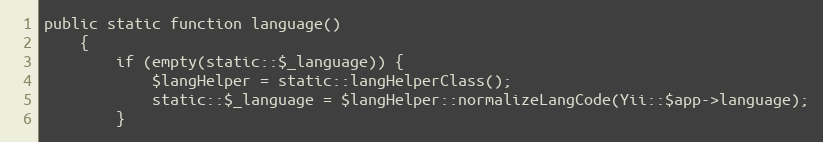
Language: PHP
public static function language()
    {
        if (empty(static::$_language)) {
            $langHelper = static::langHelperClass();
            static::$_language = $langHelper::normalizeLangCode(Yii::$app->language);
        }